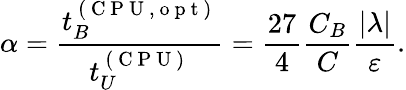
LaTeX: \alpha=\frac{t_{B}^{\mathrm{~(~C~P~U~,~o~p~t~)~}}}{t_{U}^{\mathrm{~(~C~P~U~)~}}}=\frac{27}{4}\frac{C_{B}}{C}\frac{|\lambda|}{\varepsilon}.